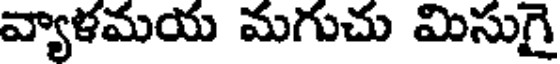
వ్యాళమయ మగుచు మిసుగై